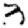
Digit: 3